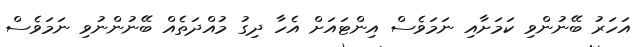
އަހަރު ބޭނުންވި ކަމަށާއި ނަމަވެސް އިންޓައަށް އެހާ ދިގު މުއްދަތެއް ބޭނުންނުވި ނަމަވެސް